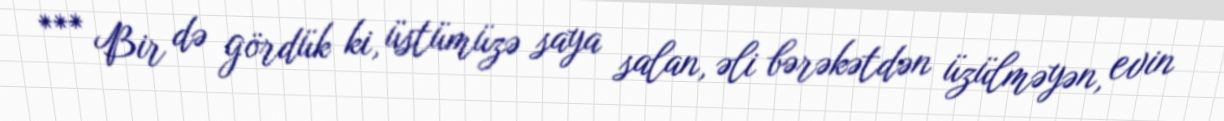
*** Bir də gördük ki, üstümüzə saya salan, əli bərəkətdən üzülməyən, evin